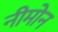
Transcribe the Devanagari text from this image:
नीमोन